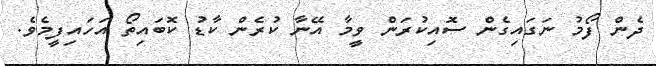
ދެން ފޯމު ނަގައިގެން ސޮއިކުރަން ވީމާ އޭނާ ކުރެން ކާޑު ކޮބައިތޯ އަހައިފީމެވެ.